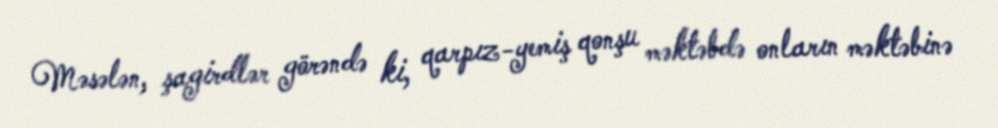
Məsələn, şagirdlər görəndə ki, qarpız-yemiş qonşu məktəbdə onların məktəbinə